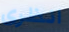
انظرى